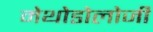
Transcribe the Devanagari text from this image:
मेथोडोलोजी